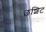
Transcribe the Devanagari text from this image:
छशिट